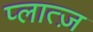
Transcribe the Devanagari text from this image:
प्लात्ज़